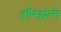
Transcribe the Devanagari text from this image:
हॉरिझोन्ते